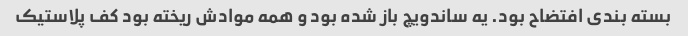
بسته بندی افتضاح بود. یه ساندویچ باز شده بود و همه موادش ریخته بود کف پلاستیک